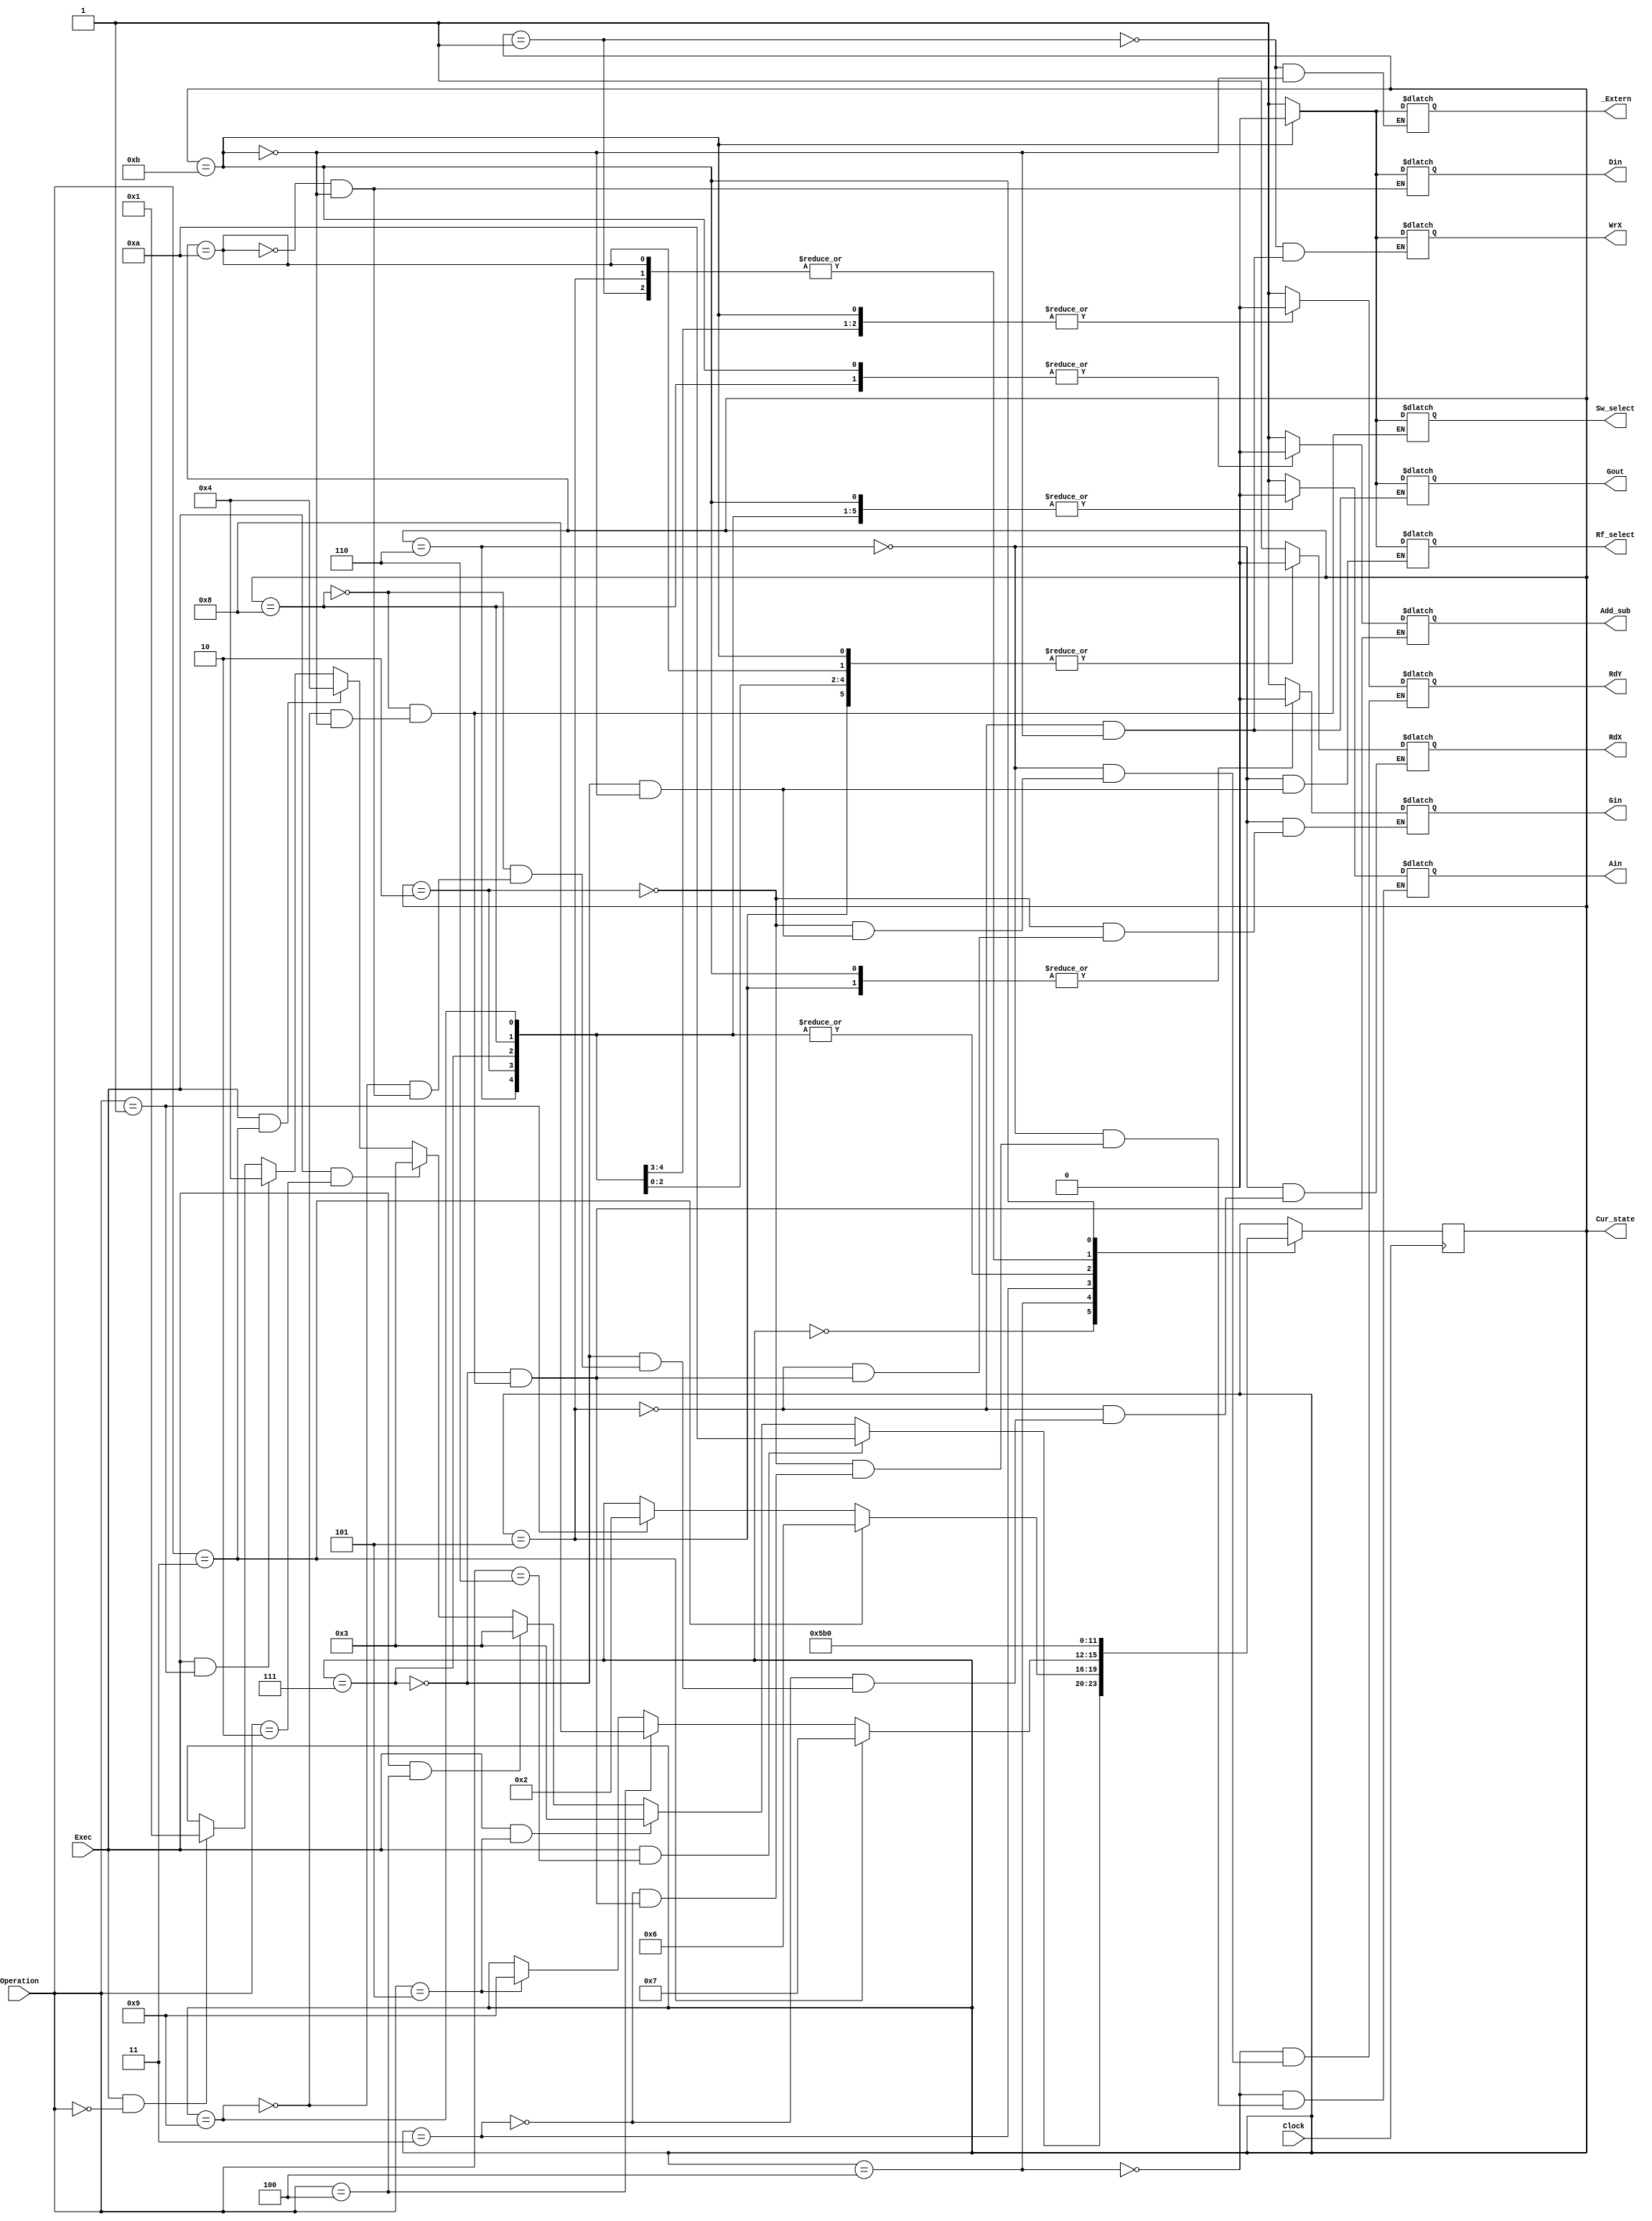
`timescale 1ns / 1ps
//////////////////////////////////////////////////////////////////////////////////
// Company: Santa Clara University
// 
// Design Name: State Machine for Lab 2
// Module Name: main
// Project Name: Lab 2
// Target Devices: Nexys 4
// Tool Versions: 
// Description: 
// 
// Dependencies: 
// 
// Revision:
// Revision 0.01 - File Created
// Additional Comments:
// 
//////////////////////////////////////////////////////////////////////////////////
module main (           input Clock,
                        input Exec,
                        input [2:0] Operation,
                        output reg _Extern,
                        output reg Gout,
                        output reg Ain,
                        output reg Gin,
                        output reg RdX,
                        output reg RdY,
                        output reg WrX,
                        output reg Add_sub,

                        output reg Din,   //added                        
                        output reg Rf_select,
                        output reg Sw_select,
                        
                        output [3:0] Cur_state);
   
    parameter idle =   4'b0000;
    parameter load =   4'b0001;
    parameter move =   4'b0010;
    parameter read_x = 4'b0011;
    parameter read_y = 4'b0100;
    parameter write_x =4'b0101;
    parameter add  =   4'b0110;
    parameter sub  =   4'b0111;
    //new boys
    parameter addi =   4'b1000;
    parameter subi =   4'b1001;
    parameter disp =   4'b1010;
    
    parameter done =   4'b1011;
    
    reg [3:0] state = idle;
    reg [3:0] next_state;
    assign Cur_state = state;//set the cur_state as a wire and had to use the syntax assign because you cant physicaly change it for a register
   
    initial begin
            _Extern<=0;
            Gout<=0;
            Ain<=0;
            Gin<=0;
            RdX<=0;
            RdY<=0;
            Add_sub<=0;
            next_state<=idle;
        end
            
    always@(posedge Clock)
        begin
            state <= next_state;
        end
        
always@(*)
    begin
        next_state=state;
        case (state)
            idle:begin
                if(Exec == 1 && Operation==0)
                    next_state = load;
                if(Exec==1&&Operation==1)
                    next_state=read_y;
                if(Exec==1&&Operation==3)
                    next_state=read_y;
                if(Exec==1&&Operation==2)
                    next_state=read_x;
                    
                if(Exec==1&&Operation==4)   //addi
                    next_state=read_x;
                if(Exec==1&&Operation==5)   //subi
                    next_state=read_x;  
                if(Exec==1&&Operation==6)   //subi
                    next_state=disp;   
                end
            
            //load state idle
            load: begin
                WrX = 1;
                _Extern=1;
                next_state=done;
               end
               
            //read y state idle
            read_y: begin
                RdY = 1;
                Ain = 1;
                if(Operation== 3)
                    next_state=add;
                else if(Operation==1)
                    next_state=move;
               end
                
            add: begin
                RdY = 0;
                Ain = 0;
                RdX=1;
                Gin=1;
                Rf_select=1;
                next_state=write_x;
               end
            
            move: begin
                RdY = 0;
                Ain = 0;
                Gin = 1;
                next_state = write_x;
               end
            
            write_x: begin
                RdX=0;
                Gin=0;
                Gout=1;
                WrX=1;
                next_state=done;
               end
                
            read_x: begin
                RdX=1;
                Ain=1;         
                if(Operation== 3)
                    next_state = sub;
                else if(Operation==4)
                    next_state=addi;
                else if(Operation==5)
                    next_state=subi;
               end
                
            sub: begin
                RdX=0;
                Ain=0;
                RdY=1;
                Add_sub=1;
                Rf_select=1;
                Gin=1;
                next_state = write_x;
               end

            addi: begin
                RdX=0;
                Ain=0;
                
                Sw_select=1;
                Add_sub=0;
                
                Gin=1;
                
                next_state = write_x;
               end
               
            subi: begin
                RdX=0;
                Ain=0;
                Sw_select=1;
                Add_sub=1;
                
                Gin=1;
                
                next_state = write_x;
               end     
               
            disp: begin
                RdX=0;
                Din=1;
                next_state=done;
                end
                   
            done: begin
                RdX=0;
                RdY=0;
                Gout=0;
                Gin=0;
                WrX=0;
                Ain=0;
                _Extern=0;
                Add_sub=0;
                //lab 2 
                Din=0;
                Rf_select=0;
                Sw_select=0;
                
                next_state = idle;
                end
        endcase 
    end
endmodule

/*Operations
000 - Load
001 - Move
010 - Sub
011 - Add
100 - Addi
101 - Subi
110 - Display */